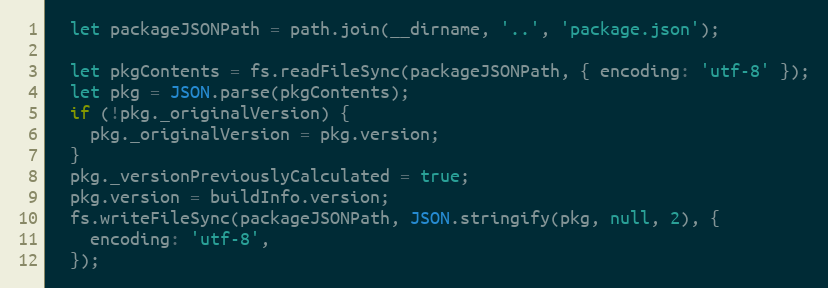
Language: JavaScript
  let packageJSONPath = path.join(__dirname, '..', 'package.json');

  let pkgContents = fs.readFileSync(packageJSONPath, { encoding: 'utf-8' });
  let pkg = JSON.parse(pkgContents);
  if (!pkg._originalVersion) {
    pkg._originalVersion = pkg.version;
  }
  pkg._versionPreviouslyCalculated = true;
  pkg.version = buildInfo.version;
  fs.writeFileSync(packageJSONPath, JSON.stringify(pkg, null, 2), {
    encoding: 'utf-8',
  });